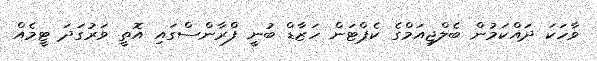
ވާހަކަ ދައްކަމުން ބެލްޖިއަމްގެ ކެޕްޓަން ހަޒާޑް ބުނީ ފްރާންސްގައި އޮތީ ވަރުގަދަ ޓީމެއް